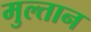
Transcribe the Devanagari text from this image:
मुल्‍तान